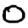
Digit: 0